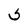
Character: 5